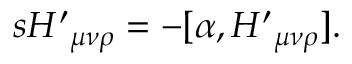
s { H ^ { \prime } } _ { \mu \nu \rho } = - [ \alpha , { H ^ { \prime } } _ { \mu \nu \rho } ] .